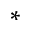
^ { * }